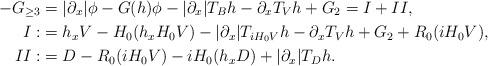
LaTeX: \begin{align*}-G_{\geq 3}&=|\partial_x|\phi-G(h)\phi-|\partial_x|T_Bh-\partial_xT_Vh+G_2=I+II,\\I:&=h_xV-H_0(h_xH_0V)-|\partial_x|T_{iH_0V}h-\partial_xT_Vh+G_2+R_0(iH_0V),\\II:&=D-R_0(iH_0V)-iH_0(h_xD)+|\partial_x|T_Dh.\end{align*}